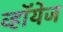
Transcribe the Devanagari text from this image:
व्हॉयेज